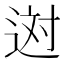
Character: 𨒻